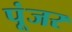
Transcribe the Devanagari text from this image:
पूंजर